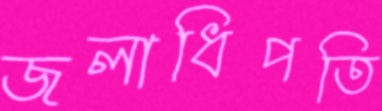
জলাধিপতি